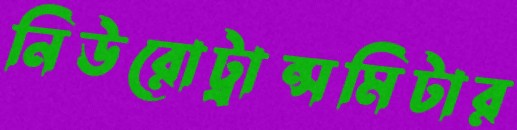
নিউরোট্রান্সমিটার